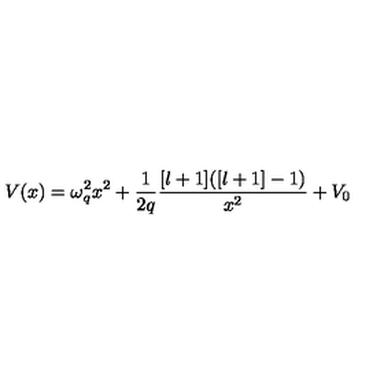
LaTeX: V ( x ) = \omega _ { q } ^ { 2 } x ^ { 2 } + \frac { 1 } { 2 q } \frac { [ l + 1 ] ( [ l + 1 ] - 1 ) } { x ^ { 2 } } + V _ { 0 }